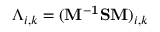
{ \Lambda _ { i , k } } = { ( { { \bf { M } } ^ { { \bf { - 1 } } } } { \bf { S M } } ) _ { i , k } }